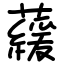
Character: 藧